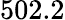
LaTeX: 502.2